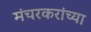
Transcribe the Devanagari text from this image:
मंचरकरांच्या